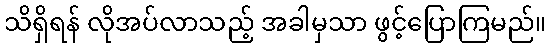
သိရှိရန် လိုအပ်လာသည့် အခါမှသာ ဖွင့်ပြောကြမည်။